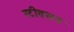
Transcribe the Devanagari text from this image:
स्टीवसन